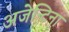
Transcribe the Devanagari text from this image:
अजेन्टिना